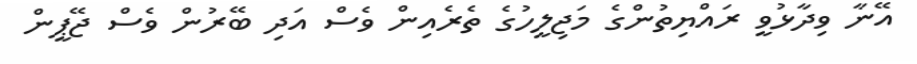
އޭނާ ވިދާޅުވީ ރައްޔިތުންގެ މަޖިލީހުގެ ތެރެއިން ވެސް އަދި ބޭރުން ވެސް ޖޭޕީން